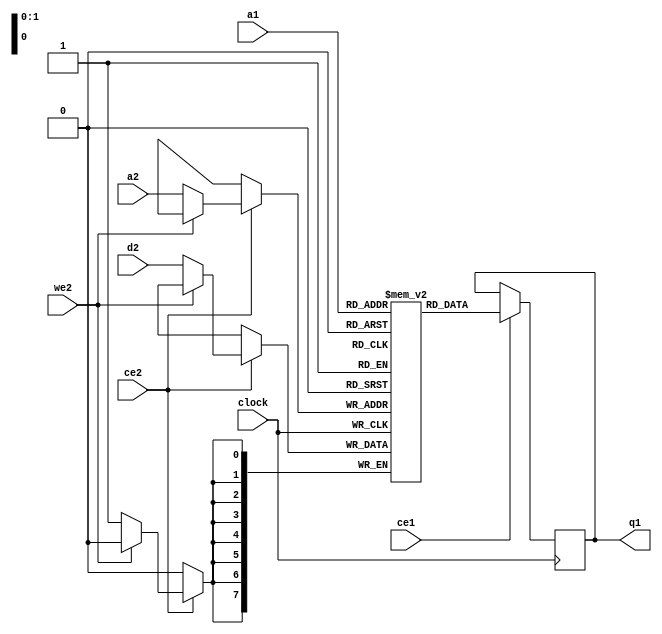
//-------------------------------------------------------------------------------------------------
module dprs
//-------------------------------------------------------------------------------------------------
#
(
	parameter KB = 0
)
(
	input  wire                      clock,
	input  wire                      ce1,
	output reg [                7:0] q1,
	input  wire[$clog2(KB*1024)-1:0] a1,
	input  wire                      ce2,
	input  wire                      we2,
	input  wire[                7:0] d2,
	input  wire[$clog2(KB*1024)-1:0] a2
);
//-------------------------------------------------------------------------------------------------

reg[7:0] dpr[(KB*1024)-1:0];

always @(posedge clock) if(ce1) q1 <= dpr[a1];
always @(posedge clock) if(ce2) if(!we2) dpr[a2] <= d2;

//-------------------------------------------------------------------------------------------------
endmodule
//-------------------------------------------------------------------------------------------------